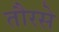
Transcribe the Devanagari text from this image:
तौरसे